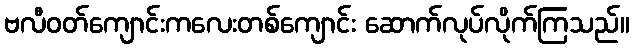
ဗလီဝတ်ကျောင်းကလေးတစ်ကျောင်း ဆောက်လုပ်လိုက်ကြသည်။